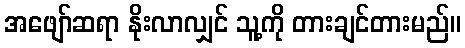
အဖျော်ဆရာ နိုးလာလျှင် သူ့ကို တားချင်တားမည်။